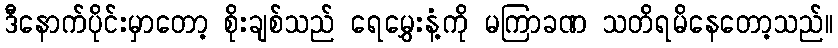
ဒီနောက်ပိုင်းမှာတော့ စိုးချစ်သည် ရေမွှေးနံ့ကို မကြာခဏ သတိရမိနေတော့သည်။